Vaccination in Bombay 1924-1928 - 1924-1928
Year: 1924
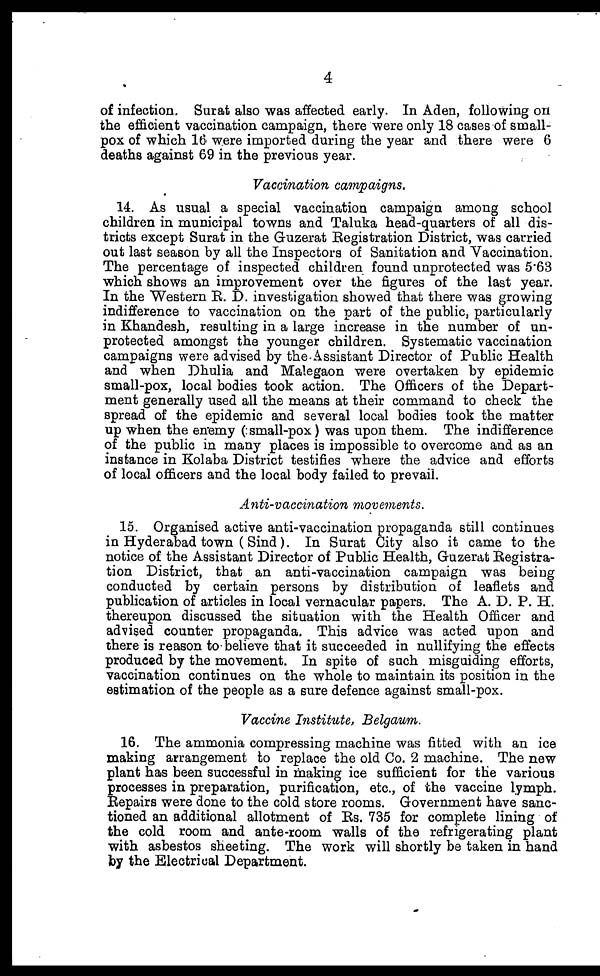
4
of infection. Surat also was affected early. In Aden, following on
the efficient vaccination campaign, there were only 18 cases of small-
pox of which 16 were imported during the year and there were 6
deaths against 69 in the previous year.
Vaccination campaigns.
14. As usual a special vaccination campaign among school
children in municipal towns and Taluka head-quarters of all dis-
tricts except Surat in the Guzerat Registration District, was carried
out last season by all the Inspectors of Sanitation and Vaccination.
The percentage of inspected children found unprotected was 5.63
which shows an improvement over the figures of the last year.
In the Western R. D. investigation showed that there was growing
indifference to vaccination on the part of the public, particularly
in Khandesh, resulting in a large increase in the number of un-
protected amongst the younger children. Systematic vaccination
campaigns were advised by the Assistant Director of Public Health
and when Dhulia and Malegaon were overtaken by epidemic
small-pox, local bodies took action. The Officers of the Depart-
ment generally used all the means at their command to check the
spread of the epidemic and several local bodies took the matter
up when the enemy ( small-pox) was upon them. The indifference
of the public in many places is impossible to overcome and as an
instance in Kolaba District testifies where the advice and efforts
of local officers and the local body failed to prevail.
Anti-vaccination movements.
15. Organised active anti-vaccination propaganda still continues
in Hyderabad town (Sind). In Surat City also it came to the
notice of the Assistant Director of Public Health, Guzerat Registra-
tion District, that an anti-vaccination campaign was being
conducted by certain persons by distribution of leaflets and
publication of articles in local vernacular papers. The A. D. P. H.
thereupon discussed the situation with the Health Officer and
advised counter propaganda. This advice was acted upon and
there is reason to believe that it succeeded in nullifying the effects
produced by the movement. In spite of such misguiding efforts,
vaccination continues on the whole to maintain its position in the
estimation of the people as a sure defence against small-pox.
Vaccine Institute, Belgaum.
16. The ammonia compressing machine was fitted with an ice
making arrangement to replace the old Co. 2 machine. The new
plant has been successful in making ice sufficient for the various
processes in preparation, purification, etc., of the vaccine lymph.
Repairs were done to the cold store rooms. Government have sanc-
tioned an additional allotment of Rs. 735 for complete lining of
the cold room and ante-room walls of the refrigerating plant
with asbestos sheeting. The work will shortly be taken in hand
by the Electrical Department.